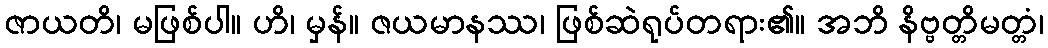
ဇာယတိ၊ မဖြစ်ပါ။ ဟိ၊ မှန်။ ဇယမာနဿ၊ ဖြစ်ဆဲရုပ်တရား၏။ အဘိ နိဗ္ဗတ္တိမတ္တံ၊